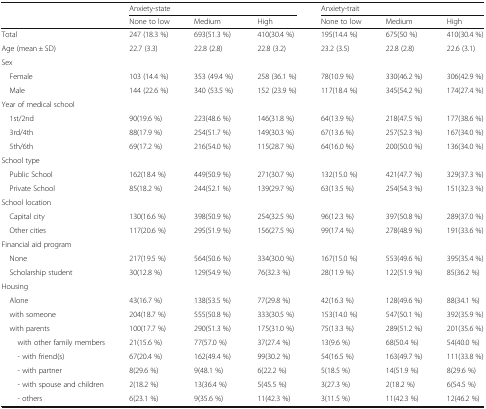
<table><thead><tr><td rowspan="2"></td><td colspan="3"><b>Anxiety-state</b></td><td colspan="3"><b>Anxiety-trait</b></td></tr><tr><td><b>None to low</b></td><td><b>Medium</b></td><td><b>High</b></td><td><b>None to low</b></td><td><b>Medium</b></td><td><b>High</b></td></tr></thead><tbody><tr><td>Total</td><td>247 (18.3 %)</td><td>693(51.3 %)</td><td>410(30.4 %)</td><td>195(14.4 %)</td><td>675(50 %)</td><td>410(30.4 %)</td></tr><tr><td>Age (mean ± SD)</td><td>22.7 (3.3)</td><td>22.8 (2.8)</td><td>22.8 (3.2)</td><td>23.2 (3.5)</td><td>22.8 (2.8)</td><td>22.6 (3.1)</td></tr><tr><td colspan="7">Sex</td></tr><tr><td> Female</td><td>103 (14.4 %)</td><td>353 (49.4 %)</td><td>258 (36.1 %)</td><td>78(10.9 %)</td><td>330(46.2 %)</td><td>306(42.9 %)</td></tr><tr><td> Male</td><td>144 (22.6 %)</td><td>340 (53.5 %)</td><td>152 (23.9 %)</td><td>117(18.4 %)</td><td>345(54.2 %)</td><td>174(27.4 %)</td></tr><tr><td colspan="7">Year of medical school</td></tr><tr><td> 1st/2nd</td><td>90(19.6 %)</td><td>223(48.6 %)</td><td>146(31.8 %)</td><td>64(13.9 %)</td><td>218(47.5 %)</td><td>177(38.6 %)</td></tr><tr><td> 3rd/4th</td><td>88(17.9 %)</td><td>254(51.7 %)</td><td>149(30.3 %)</td><td>67(13.6 %)</td><td>257(52.3 %)</td><td>167(34.0 %)</td></tr><tr><td> 5th/6th</td><td>69(17.2 %)</td><td>216(54.0 %)</td><td>115(28.7 %)</td><td>64(16.0 %)</td><td>200(50.0 %)</td><td>136(34.0 %)</td></tr><tr><td colspan="7">School type</td></tr><tr><td> Public School</td><td>162(18.4 %)</td><td>449(50.9 %)</td><td>271(30.7 %)</td><td>132(15.0 %)</td><td>421(47.7 %)</td><td>329(37.3 %)</td></tr><tr><td> Private School</td><td>85(18.2 %)</td><td>244(52.1 %)</td><td>139(29.7 %)</td><td>63(13.5 %)</td><td>254(54.3 %)</td><td>151(32.3 %)</td></tr><tr><td colspan="7">School location</td></tr><tr><td> Capital city</td><td>130(16.6 %)</td><td>398(50.9 %)</td><td>254(32.5 %)</td><td>96(12.3 %)</td><td>397(50.8 %)</td><td>289(37.0 %)</td></tr><tr><td> Other cities</td><td>117(20.6 %)</td><td>295(51.9 %)</td><td>156(27.5 %)</td><td>99(17.4 %)</td><td>278(48.9 %)</td><td>191(33.6 %)</td></tr><tr><td colspan="7">Financial aid program</td></tr><tr><td> None</td><td>217(19.5 %)</td><td>564(50.6 %)</td><td>334(30.0 %)</td><td>167(15.0 %)</td><td>553(49.6 %)</td><td>395(35.4 %)</td></tr><tr><td> Scholarship student</td><td>30(12.8 %)</td><td>129(54.9 %)</td><td>76(32.3 %)</td><td>28(11.9 %)</td><td>122(51.9 %)</td><td>85(36.2 %)</td></tr><tr><td colspan="7">Housing</td></tr><tr><td> Alone</td><td>43(16.7 %)</td><td>138(53.5 %)</td><td>77(29.8 %)</td><td>42(16.3 %)</td><td>128(49.6 %)</td><td>88(34.1 %)</td></tr><tr><td> with someone</td><td>204(18.7 %)</td><td>555(50.8 %)</td><td>333(30.5 %)</td><td>153(14.0 %)</td><td>547(50.1 %)</td><td>392(35.9 %)</td></tr><tr><td> with parents</td><td>100(17.7 %)</td><td>290(51.3 %)</td><td>175(31.0 %)</td><td>75(13.3 %)</td><td>289(51.2 %)</td><td>201(35.6 %)</td></tr><tr><td>with other family members</td><td>21(15.6 %)</td><td>77(57.0 %)</td><td>37(27.4 %)</td><td>13(9.6 %)</td><td>68(50.4 %)</td><td>54(40.0 %)</td></tr><tr><td>- with friend(s)</td><td>67(20.4 %)</td><td>162(49.4 %)</td><td>99(30.2 %)</td><td>54(16.5 %)</td><td>163(49.7 %)</td><td>111(33.8 %)</td></tr><tr><td>- with partner</td><td>8(29.6 %)</td><td>9(48.1 %)</td><td>6(22.2 %)</td><td>5(18.5 %)</td><td>14(51.9 %)</td><td>8(29.6 %)</td></tr><tr><td>- with spouse and children</td><td>2(18.2 %)</td><td>13(36.4 %)</td><td>5(45.5 %)</td><td>3(27.3 %)</td><td>2(18.2 %)</td><td>6(54.5 %)</td></tr><tr><td>- others</td><td>6(23.1 %)</td><td>9(35.6 %)</td><td>11(42.3 %)</td><td>3(11.5 %)</td><td>11(42.3 %)</td><td>12(46.2 %)</td></tr></tbody></table>